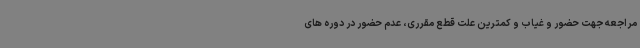
مراجعه جهت حضور و غیاب و کمترین علت قطع مقرری، عدم حضور در دوره های